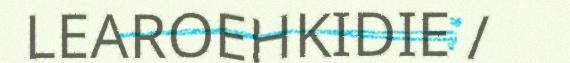
LEAROEHKIDIE /